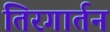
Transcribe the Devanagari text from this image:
तिरगार्तन